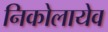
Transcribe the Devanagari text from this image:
निकोलायेव